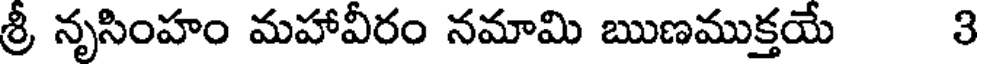
శ్రీ నృసింహం మహావీరం నమామి ఋణముక్తయే 3